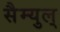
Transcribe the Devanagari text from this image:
सैम्युल्